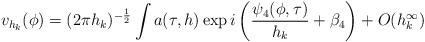
LaTeX: \begin{align*} v_{h_k}(\phi) = (2\pi h_k)^{-\frac{1}{2}}\int a(\tau,h) \exp i\left( \frac{\psi_4(\phi,\tau)}{h_k} + \beta_4 \right) + O(h_k^\infty)\end{align*}